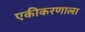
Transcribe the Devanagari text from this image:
एकीकरणाला